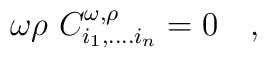
\omega\rho~ C^{\omega,\rho}_{i_1,....i_n}=0~~~,